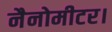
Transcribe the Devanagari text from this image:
नैनोमीटर।